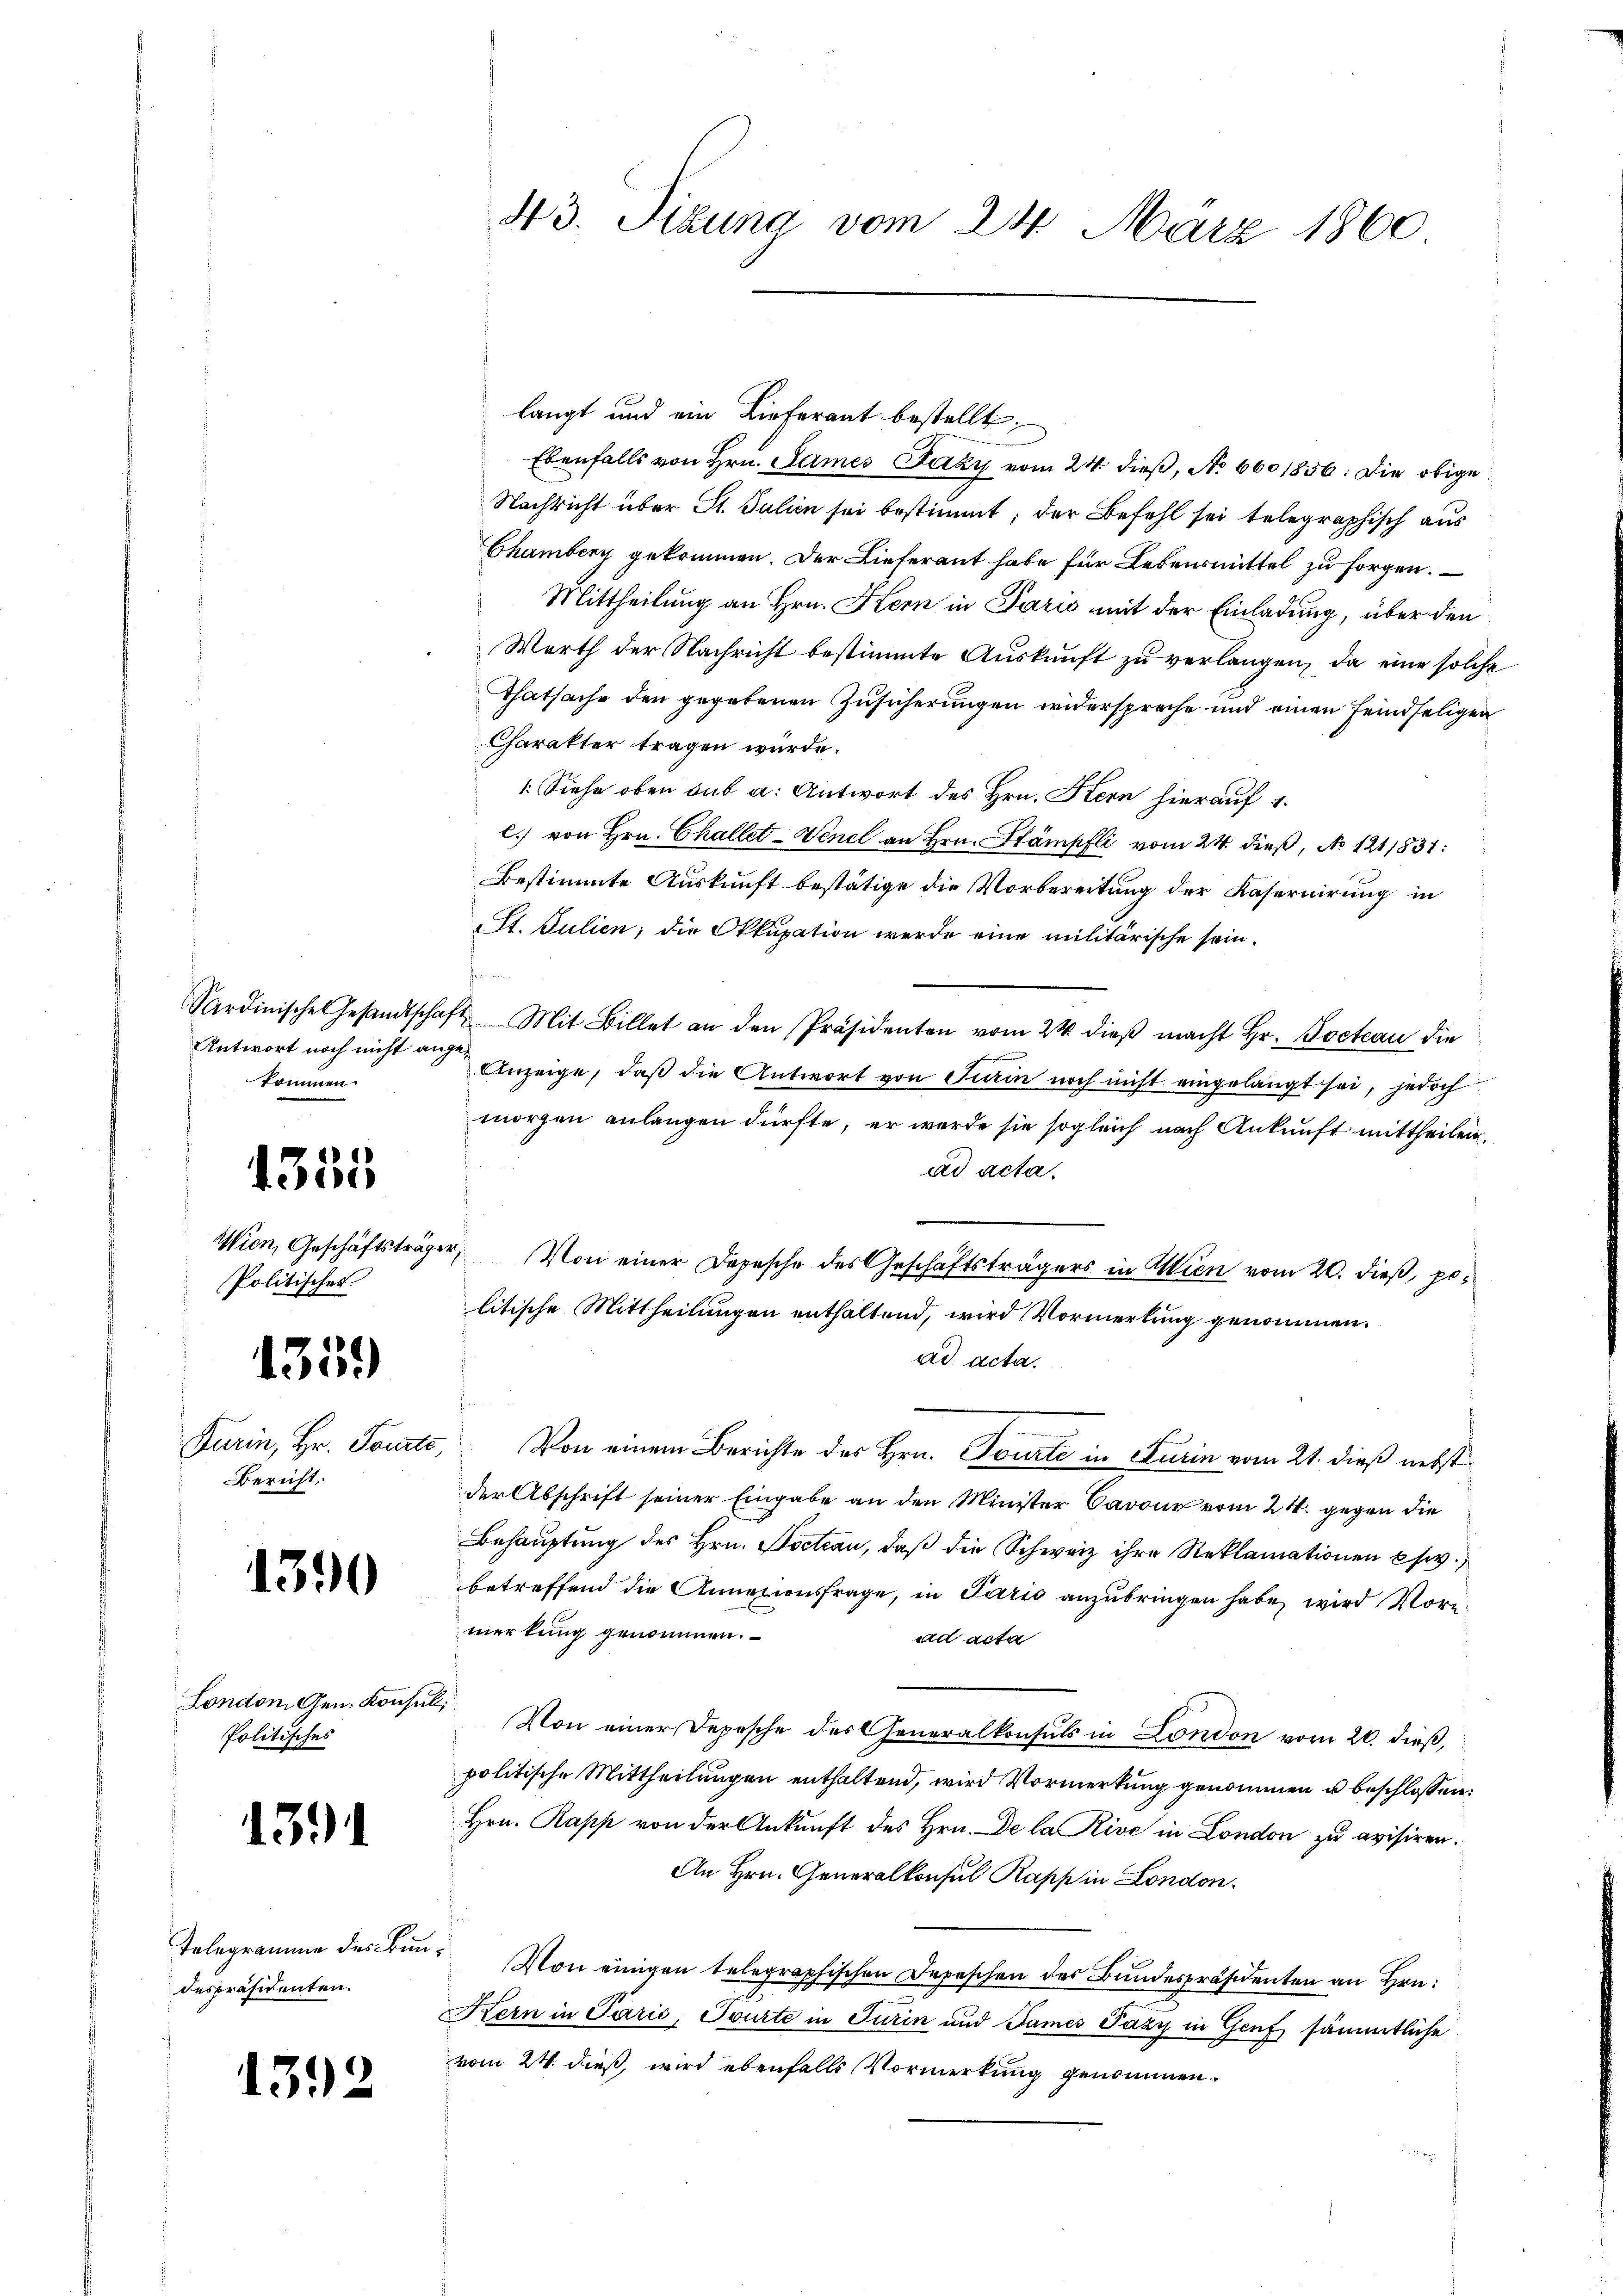
Antwort noch nicht angekommen.

4335

Politisches

1359

Bericht,

4390

London. Gen. Konsul,
Politisches

1391

despräsidenten.

1392

langt und ein Lieferant bestellt;
Ebenfalls von Hrn. James Jury vom 24. dieß, No 660 1856. Die obige
Nachricht über St. Julien sei bestimmt; der Befehl sei telegraphisch aus
Chambeny gekommen. Der Lieferant habe für Lebensmittel zu sorgen.
Mittheilung an Hrn. Kern in Paris mit der Einladung, über den
Warth der Nachricht bestimmte Auskunft zu verlangen, da eine solche
Thatsache der gegebenen Zusicherungen widerspreche und einen feindseligen
Charakter tragen würde.
1. Siehe oben sub a. Antwort des Hrn. Stern hierauf 4.
c. von Hrn. Challet-Venel an Hrn. Stämpfli vom 24. dieß, No 1211831:
Bestimmte Auskunft bestätige die Vorbereitung der Kaseruirung in
St. Julien, die Okkupation werde eine militärische sein.
f
Sardinische Gesandtschaft Mit Billet an den Präsidenten vom 24. dieβ macht Hr. Poeteau die
Anzeige, daß die Antwort von Turin noch nicht eingelangt sei, jedoch
morgen anlangen dürfte, er werde sie sogleich nach Ankunft mittheilen.
ad acta.
Wien, Geschäftsträger, Von einer Depesche des Geschäftsträgers in Wien vom 20. dieß, politische Mittheilungen enthaltend, wird Vormerkung genommen.
ad acta.

Furin, Hr. Tourte, Von einem Berichte des Hrn. Tourte in Turin vom 21. dieß nebst
der Abschrift seiner Eingabe an den Minister Carone vom 24. gegen die
Behauptung des Hrn. Doctau, daß die Schweiz ihre Reklamationen usw.
betreffend die Annationsfrage, in Paris anzubringen habe, wird Voremerkung genommen.
ad acta
Von einer Depesche des Generalkonsuls in London vom 20. dieß,
politische Mittheilungen enthaltend, wird Vormerkung genommen u beschlossen:
Hrn. Papp von der Ankunft des Hrn. De la Rive in London zu avisiren.
An Hrn. Generalkonsul Rapp in London.
Telegramme des Bun. Von einigen telegraphischen Depeschen des Bundespräsidenten an Hrn.
Kern in Paris, Tourte in Turin und James Pazy in Genf sämmtliche
vom 24. dieß, wird ebenfalls Vormerkung genommen.

43. Sizung vom 24. März 1860